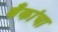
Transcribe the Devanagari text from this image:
बँकांचा